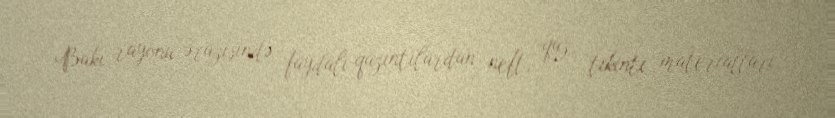
Bakı rayonu ərazisində faydalı qazıntılardan neft, qaz, tikinti materialları